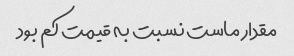
مقدار ماست نسبت به قیمت کم بود